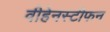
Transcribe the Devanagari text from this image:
वीहेनस्टीफन